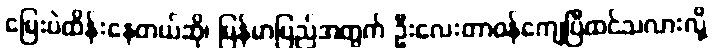
မြေးပဲထိန်းနေတယ်ဆို၊ မြန်မာပြည်အတွက် ဦးလေးတာဝန်ကျေပြီထင်သလားလို့